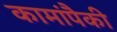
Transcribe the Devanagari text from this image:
कामांपैकी